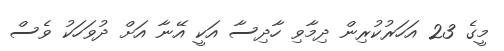
މީގެ 23 އަހަރުކުރިން ދިމާވި ހާދިސާ އަކީ އޭނާ އަށް ދުވަހަކު ވެސް